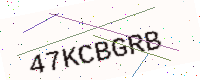
Text: 47KCBGRB